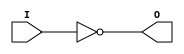

module not_gate(I,O);
	input I;
	output O;
	nand na12(O,I,I);
endmodule
module and_gate(I1,I2,O);
	input I1,I2;
	output O;
        wire W;
	nand na13(W,I1,I2);
        nand na14(O,W,W);
endmodule

module nand_3in(I1,I2,I3,O);
	input I1,I2,I3;
	output O;
	wire x,y;
	and_gate and3(I1,I2,x);
	and_gate and4(x,I3,y);
	not_gate na6(y,O);
endmodule
module D_LA_RE_L(D,C,RE,Q,Qnot);
	input D,C,RE;
	output Q,Qnot;
	wire D_not,Q_not1,Q1,x,y;
	nand na1(x,D,C);
	not_gate not1(D,D_not);
	nand na2(y,D_not,C);
	nand_3in na3_1(1'b0,x,Qnot,Q);
	nand_3in na3_2(RE,y,Q,Qnot);
endmodule
module D_FF_A_RE_LOW(D,C,RE,Q,Qnot);
	input D,C,RE;
	output Q,Qnot;
	wire RE_not,Q1,Q1_not,C_not;
	not_gate not_re(RE,RE_not);
	not_gate not_clk(C,C_not);
	D_LA_RE_L DRE1(D,C_not,RE_not,Q1,Q1_not);
	D_LA_RE_L DRE2(Q1,C,RE_not,Q,Qnot);
endmodule